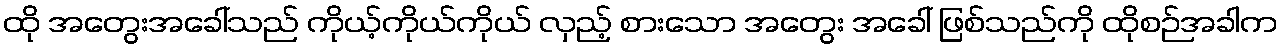
ထို အတွေးအခေါ်သည် ကိုယ့်ကိုယ်ကိုယ် လှည့် စားသော အတွေး အခေါ် ဖြစ်သည်ကို ထိုစဉ်အခါက